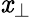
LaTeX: \mathit{x}_{\perp}